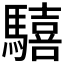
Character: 𩦇